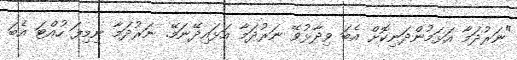
"ނަރުދަމާ އަޅަމުންދަނިކޮށް އެބަ ވިދާޅުވޭ ނަރުދަމާ އަޅައިދޭނަމޭ. ނަރުދަމާ ނިމިފަ ހުއްޓަ އެބަ